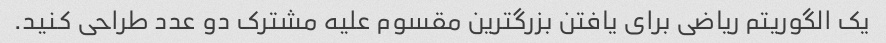
یک الگوریتم ریاضی برای یافتن بزرگترین مقسوم علیه مشترک دو عدد طراحی کنید.